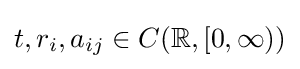
t,r_{i},a_{ij}\in C(\mathbb {R} ,[0,\infty ))